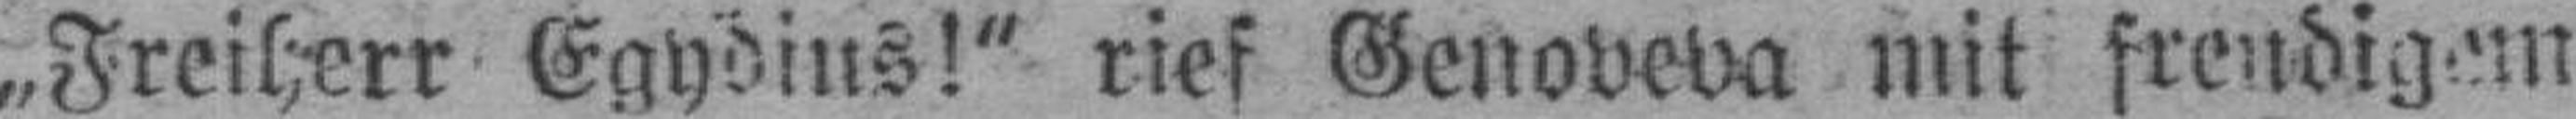
„Freiherr Egydius!“ rief Genoveva mit freudigem